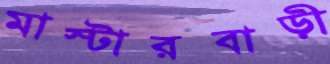
মাস্টারবাড়ী